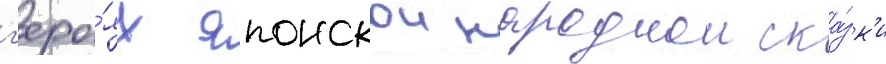
г'еро́ях японскои народнои ска́зк'и